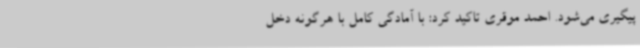
پیگیری می‌شود. احمد موقری تاکید کرد: با آمادگی کامل با هرگونه دخل